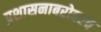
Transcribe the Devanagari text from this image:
प्रशासनाबरोबरच